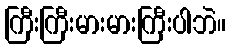
ကြီးကြီးမားမားကြီးပါဘဲ။